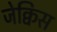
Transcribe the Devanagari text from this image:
जेक्विस